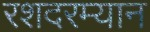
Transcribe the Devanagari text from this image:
रशदरम्यान